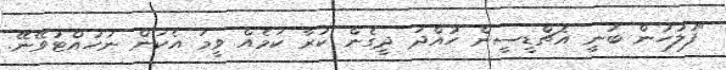
"ފުލުހުން ބުނީ އެޗްޑީސީން ހުއްދަ ދީގެން ކުރާ ކަމެއް ވީމަ އެކަން ނުހުއްޓުވޭނޭ.